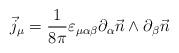
LaTeX: \begin{align*}\vec j_\mu = \frac{1}{8\pi}\varepsilon_{\mu\alpha\beta}\partial_\alpha\vec n\wedge\partial_\beta\vec n\end{align*}